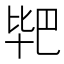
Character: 𭅣